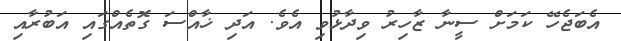
އެބަޖެހޭ ކަމަށް ސީނާ ޒާހިރު ވިދާޅުވި އެވެ. އަދި ޚާއްސަ ގޮތެއްގައި އަބުރާއި